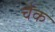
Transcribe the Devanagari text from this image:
चैंक